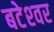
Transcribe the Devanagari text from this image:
बटेश्‍वर